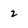
Character: 2